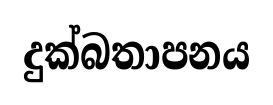
දුක්බතාපනය